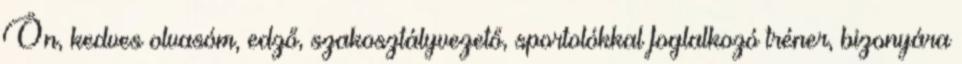
Ön, kedves olvasóm, edző, szakosztályvezető, sportolókkal foglalkozó tréner, bizonyára